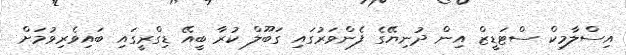
އިސްލާމިކް ސްޓަޑީޒް އިން ދުނިޔޭގެ ފެންވަރުގައި ގަބޫލް ކުރާ ބީއޭ ޑިގްރީގައި ބައިވެރިވުމަށް